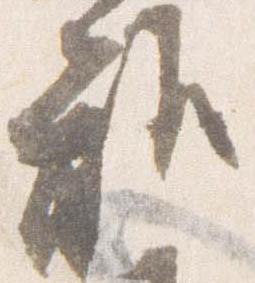
雅